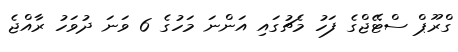
ގްރޫޕް ސްޓޭޖްގެ ފަހު މެޗުގައި އަންނަ މަހުގެ 6 ވަނަ ދުވަހު ރާއްޖެ